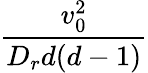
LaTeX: \frac{v_{0}^{2}}{D_{r}d(d-1)}